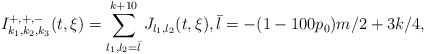
\begin{align*}I^{+,+,-}_{k_{1},k_{2}, k_{3}}(t,\xi ) = \sum_{l_{1}, l_{2}=\bar{l}}^{k+10} J_{l_{1}, l_{2}}(t,\xi),\bar{l}=-(1-100p_0)m/2+3k/4,\end{align*}